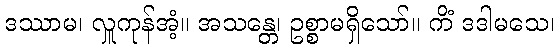
ဒဿာမ၊ လှူကုန်အံ့။ အသန္တေ၊ ဥစ္စာမရှိသော်။ ကိံ ဒဒါမသေ၊